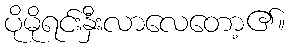
ပိုမိုရင်းနှီးလာလေတော့၏။